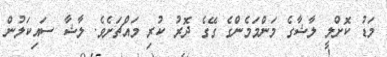
މަޑު ކޮށްލީ ލާޝާގެ މަންމަމެންގެ ގޭގެ ދޮރު ކުރި މައްޗަށެވެ. ލާޝާ ސައިކަލުން